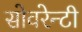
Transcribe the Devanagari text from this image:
सोवरेन्टी